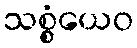
သစ္စံယေဝ